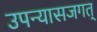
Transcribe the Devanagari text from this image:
उपन्यासजगत्